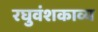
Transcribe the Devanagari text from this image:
रघुवंशकाव्य